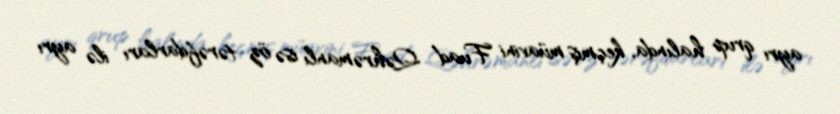
ayrı qrup halında, keçmiş müavini Fuad Qəhrəmanlı isə öz tərəfdarları ilə ayrı